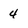
Character: 4